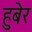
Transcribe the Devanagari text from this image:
हुबेर